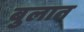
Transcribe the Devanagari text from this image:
बुलात